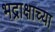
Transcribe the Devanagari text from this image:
भद्राक्षाच्या